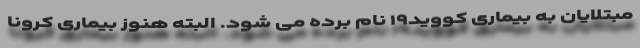
مبتلایان به بیماری کووید۱۹ نام برده می شود. البته هنوز بیماری کرونا